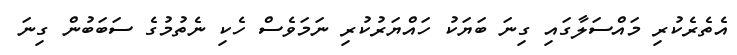
އެތެރެކުރި މައްސަލާގައި ގިނަ ބަޔަކު ހައްޔަރުކުރި ނަމަވެސް ހެކި ނެތުމުގެ ސަބަބުން ގިނަ